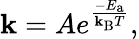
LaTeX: \mathbf{k}=Ae^{\frac{{-E_{\mathrm{{{a}}}}}}{{\mathbf{k}_{\mathrm{{{B}}}}T}}},